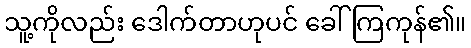
သူ့ကိုလည်း ဒေါက်တာဟုပင် ခေါ်ကြကုန်၏။